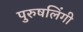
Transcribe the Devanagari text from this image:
पुरुषलिंगी